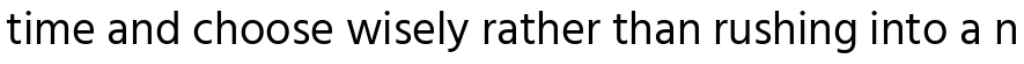
time and choose wisely rather than rushing into a n